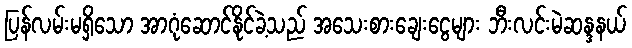
ပြန်လမ်းမရှိသော အာဂုံဆောင်နိုင်ခဲ့သည် အသေးစားချေးငွေများ ဘီးလင်းမဲဆန္ဒနယ်